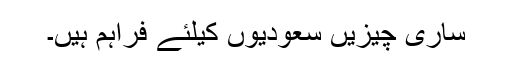
سارى چیزیں سعودیوں کیلئے فراہم ہیں۔